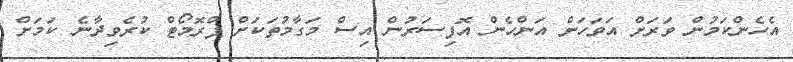
އެހެންކަމުން ވަރަށް އަވަހަށް އަންހެން އޮފިސަރުން އިސް މަގާމުތަކަށް ޕްރޮމޯޓް ކުރެވިދާނެ ކަމަށް